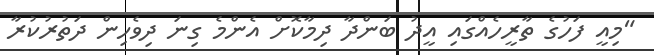
"މިއީ ފަހުގެ ތާރީހެއްގައި އީދު ބަންދާ ދިމާކޮށް އެންމެ ގިނަ ދިވެހިން ދަތުރުކުރާ